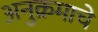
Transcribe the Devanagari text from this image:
अनुक्रमाचे